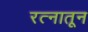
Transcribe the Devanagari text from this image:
रत्‍नातून